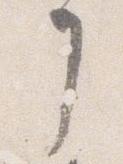
了